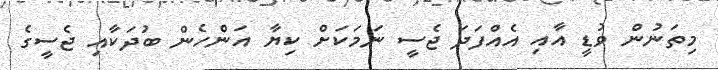
މިތަނުން ވުޑީ އާއި އެއްފަދަ ޖެސީ ނަމަކަށް ކިޔާ އަންހެން ބުދަކާއި ޖެސީގެ